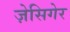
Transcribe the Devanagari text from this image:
ज़ेसिगेर